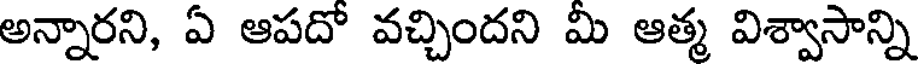
అన్నారని, ఏ ఆపదో వచ్చిందని మి ఆత్మ విశ్వాసాన్ని